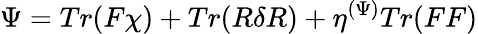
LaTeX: \Psi=Tr(F\chi)+Tr(R\delta R)+\eta^{(\Psi)}Tr(FF)